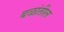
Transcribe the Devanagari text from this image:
बळांतील